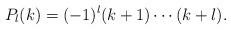
LaTeX: \begin{align*} P_l(k)=(-1)^l(k+1)\cdots(k+l).\end{align*}